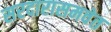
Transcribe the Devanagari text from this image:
सरदारासमवेत